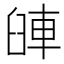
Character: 𨋺